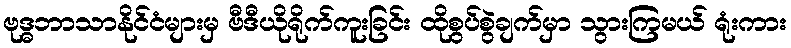
ဗုဒ္ဓဘာသာနိုင်ငံများမှ ဗီဒီယိုရိုက်ကူးခြင်း ထိုစွပ်စွဲချက်မှာ သွားကြမယ် ရုံးကား